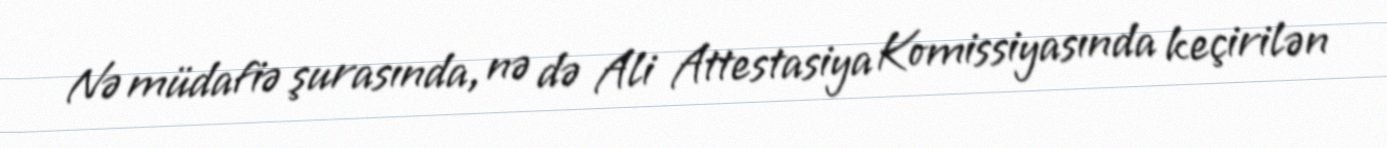
Nə müdafiə şurasında, nə də Ali Attestasiya Komissiyasında keçirilən